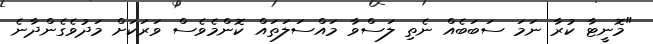
"މޮނީޓާ ކުރާ ނަމަ ސަބަބެއް ނެތި ލަސްވާ މައްސަލަތައް ކޮންމެވެސް ވަރަކަށް މަދުވެގެންދާނެ